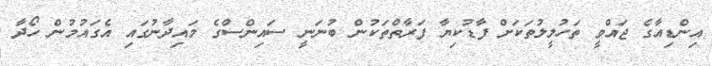
އިންޑިއާގެ ޖައްވީ ތަހުލީލުތަކަށް ފާޑުކިޔާ ފަރާތްތަކުން ބުނަނީ ސައިންސްގެ މައިދާނުގައި އެގައުމުން ހޯދާ